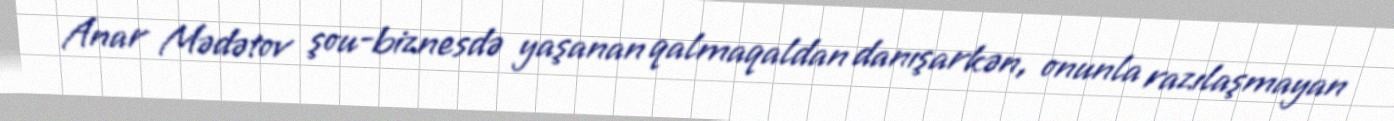
Anar Mədətov şou-biznesdə yaşanan qalmaqaldan danışarkən, onunla razılaşmayan